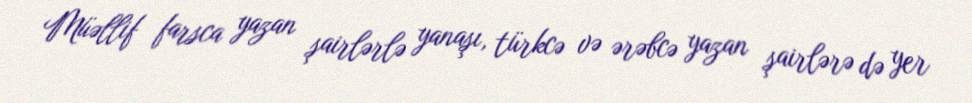
Müəllif farsca yazan şairlərlə yanaşı, türkcə və ərəbcə yazan şairlərə də yer